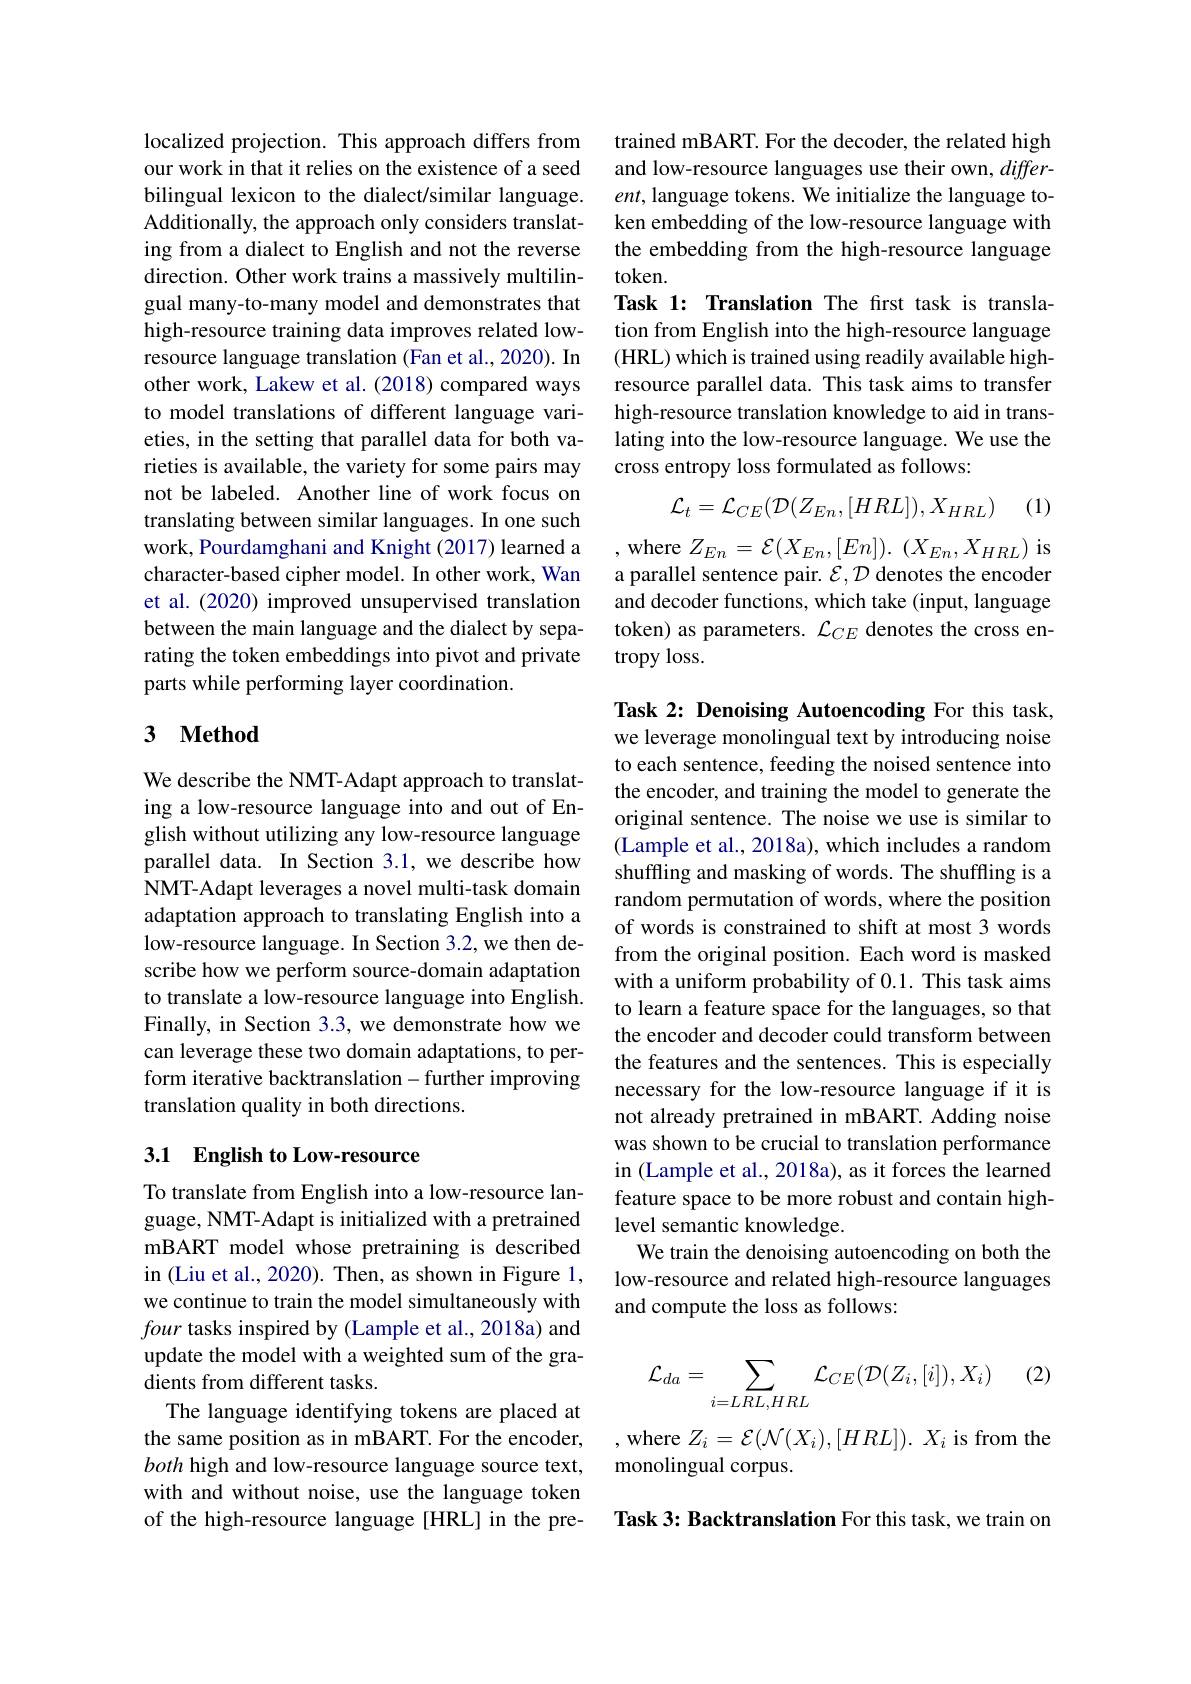
localized projection. This approach differs from our work in that it relies on the existence of a seed bilingual lexicon to the dialect/similar language. Additionally, the approach only considers translating from a dialect to English and not the reverse direction. Other work trains a massively multilingual many-to-many model and demonstrates that high-resource training data improves related lowresource language translation (Fan et al., 2020). In other work, Lakew et al. (2018) compared ways to model translations of different language varieties, in the setting that parallel data for both varieties is available, the variety for some pairs may not be labeled. Another line of work focus on translating between similar languages. In one such work, Pourdamghani and Knight (2017) learned a character-based cipher model. In other work, Wan et al. (2020) improved unsupervised translation between the main language and the dialect by separating the token embeddings into pivot and private parts while performing layer coordination.

## 3 $\textbf{Method}$

We describe the NMT-Adapt approach to translating a low-resource language into and out of English without utilizing any low-resource language parallel data. In Section 3.1, we describe how NMT-Adapt leverages a novel multi-task domain adaptation approach to translating English into a low-resource language. In Section 3.2, we then describe how we perform source-domain adaptation to translate a low-resource language into English. Finally, in Section 3.3, we demonstrate how we can leverage these two domain adaptations, to perform iterative backtranslation-further improving translation quality in both directions.

## 3.1 English to Low-resource

To translate from English into a low-resource language, NMT-Adapt is initialized with a pretrained mBART model whose pretraining is described in (Liu et al., 2020). Then, as shown in Figure 1, we continue to train the model simultaneously with four tasks inspired by (Lample et al., 2018a) and update the model with a weighted sum of the gradients from different tasks.
The language identifying tokens are placed at the same position as in mBART. For the encoder, both high and low-resource language source text, with and without noise, use the language token of the high-resource language [HRL] in the pre-

trained mBART. For the decoder, the related high and low-resource languages use their own, different, language tokens. We initialize the language token embedding of the low-resource language with the embedding from the high-resource language token.
Task 1: Translation The fırst task is translation from English into the high-resource language (HRL) which is trained using readily available highresource parallel data. This task aims to transfer high-resource translation knowledge to aid in translating into the low-resource language. We use the cross entropy loss formulated as follows:

(1)
$$\mathcal{L}_{t}=\mathcal{L}_{CE}(\mathcal{D}(Z_{En},[HRL]),X_{HRL})$$
,where $Z_En= \mathcal{E} ( X_{En}, [ En] ) .$ $( X_{En}, X_{HRL})$ is a parallel sentence pair. $\mathcal{E},\mathcal{D}$ denotes the encoder and decoder functions, which take (input, language token) as parameters. $\mathcal{L}_CE$ denotes the cross entropy loss.

Task 2: Denoising Autoencoding For this task, we leverage monolingual text by introducing noise to each sentence, feeding the noised sentence into the encoder, and training the model to generate the original sentence. The noise we use is similar to (Lample et al., 2018a), which includes a random shuffling and masking of words. The shuffling is a random permutation of words, where the position of words is constrained to shift at most 3 words from the original position. Each word is masked with a uniform probability of 0.1. This task aims to learn a feature space for the languages, so that the encoder and decoder could transform between the features and the sentences. This is especially necessary for the low-resource language if it is not already pretrained in mBART. Adding noise was shown to be crucial to translation performance in (Lample et al., 2018a), as it forces the learned feature space to be more robust and contain highlevel semantic knowledge.
We train the denoising autoencoding on both the low-resource and related high-resource languages and compute the loss as follows:

(2)
$$\mathcal{L}_{da}=\sum_{i=LRL,HRL}\mathcal{L}_{CE}(\mathcal{D}(Z_{i},[i]),X_{i})$$
,where $Z_i=\mathcal{E}(\mathcal{N}(X_i),[HRL]).~X_i$ is from the
monolingual corpus.

Task 3: Backtranslation For this task, we train on